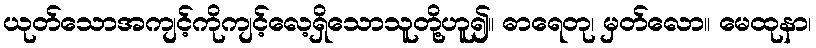
ယုတ်သောအကျင့်ကိုကျင့်လေ့ရှိသောသူတို့ဟူ၍။ ဓာရေတု၊ မှတ်လော။ မေထုနာ၊